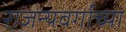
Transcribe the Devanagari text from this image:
राजन्यवर्गाच्या